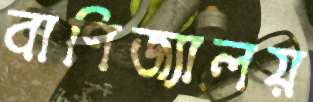
বাণিজ্যালয়